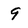
Character: 9